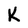
Character: K